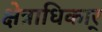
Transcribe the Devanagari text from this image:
क्षेत्राधिकार्